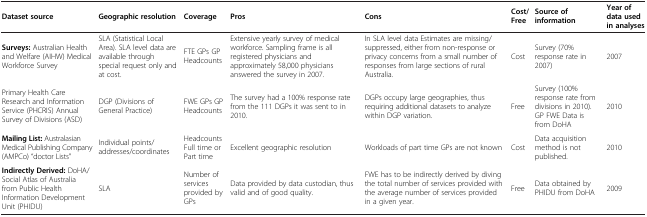
<table><thead><tr><td><b>Dataset source</b></td><td><b>Geographic resolution</b></td><td><b>Coverage</b></td><td><b>Pros</b></td><td><b>Cons</b></td><td><b>Cost/Free</b></td><td><b>Source of information</b></td><td><b>Year of data used in analyses</b></td></tr></thead><tbody><tr><td><b>Surveys:</b> Australian Health and Welfare (AIHW) Medical Workforce Survey</td><td>SLA (Statistical Local Area). SLA level data are available through special request only and at cost.</td><td>FTE GPs GP Headcounts</td><td>Extensive yearly survey of medical workforce. Sampling frame is all registered physicians and approximately 58,000 physicians answered the survey in 2007.</td><td>In SLA level data Estimates are missing/suppressed, either from non-response or privacy concerns from a small number of responses from large sections of rural Australia.</td><td>Cost</td><td>Survey (70% response rate in 2007)</td><td>2007</td></tr><tr><td>Primary Health Care Research and Information Service (PHCRIS) Annual Survey of Divisions (ASD)</td><td>DGP (Divisions of General Practice)</td><td>FWE GPs GP Headcounts</td><td>The survey had a 100% response rate from the 111 DGPs it was sent to in 2010.</td><td>DGPs occupy large geographies, thus requiring additional datasets to analyze within DGP variation.</td><td>Free</td><td>Survey (100% response rate from divisions in 2010). GP FWE Data is from DoHA</td><td>2010</td></tr><tr><td><b>Mailing List:</b> Australasian Medical Publishing Company (AMPCo) “doctor Lists”</td><td>Individual points/ addresses/coordinates</td><td>Headcounts Full time or Part time</td><td>Excellent geographic resolution</td><td>Workloads of part time GPs are not known</td><td>Cost</td><td>Data acquisition method is not published.</td><td>2010</td></tr><tr><td><b>Indirectly Derived:</b> DoHA/Social Atlas of Australia from Public Health Information Development Unit (PHIDU)</td><td>SLA</td><td>Number of services provided by GPs</td><td>Data provided by data custodian, thus valid and of good quality.</td><td>FWE has to be indirectly derived by diving the total number of services provided with the average number of services provided in a given year.</td><td>Free</td><td>Data obtained by PHIDU from DoHA</td><td>2009</td></tr></tbody></table>